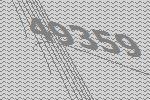
49359